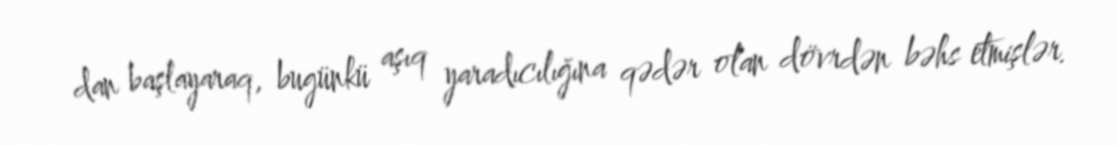
dan başlayaraq, bugünkü aşıq yaradıcılığına qədər olan dövrdən bəhs etmişlər.